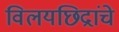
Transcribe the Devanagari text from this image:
विलयछिद्रांचे